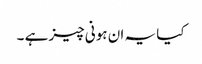
کیا یہ ان ہونی چیز ہے ۔